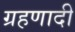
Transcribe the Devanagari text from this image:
ग्रहणादी